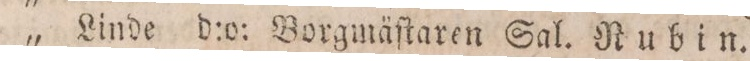
„ Linde d:o. Borgmäſtaren Sal. Nubin.